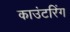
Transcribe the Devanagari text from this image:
काउंटरिंग